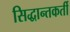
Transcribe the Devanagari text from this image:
सिद्धान्तकर्ती